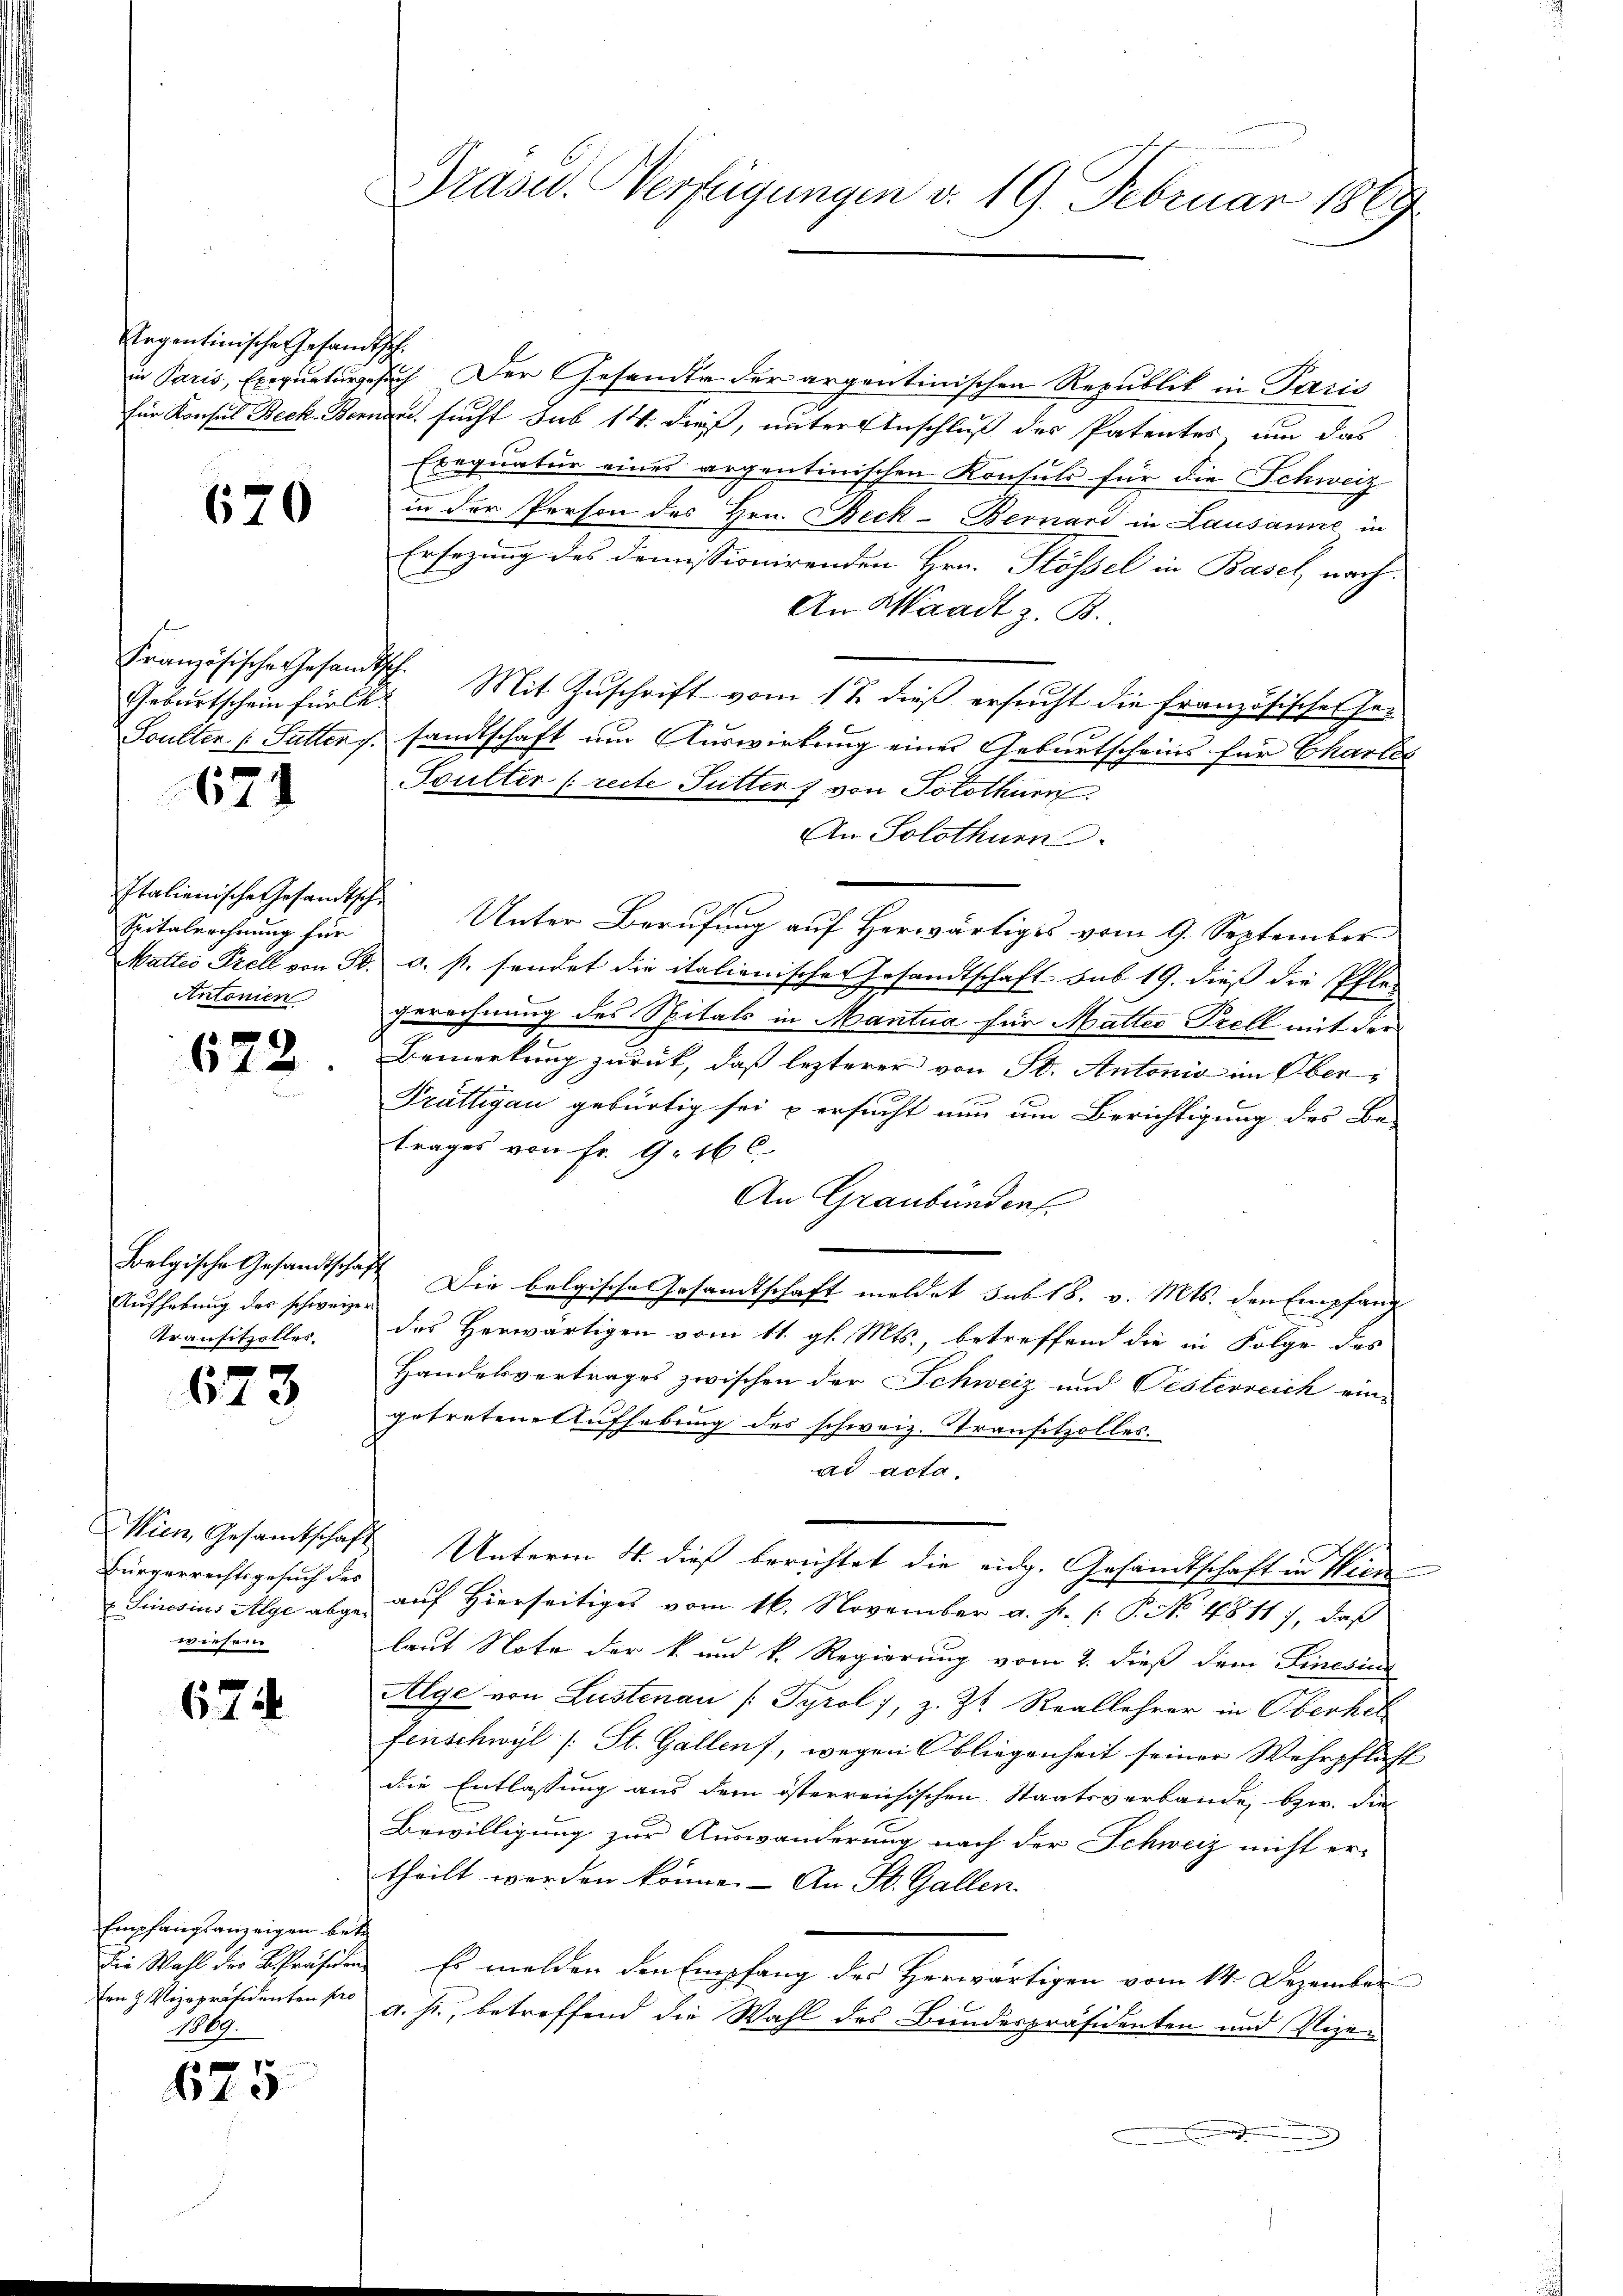
Regentinische Gesandtsch

670

Französische Gesandtsch.

674

Spitalrechnung für
Antonien

622

.

Aufhebung des schweize
Transitzalles.

f
643

Bürgerrechtsgesuch des
wiesen

674

Empfangsanzeigen betr
ten H. Vizepräsidenten pro
1869.

675

Präsid.. Verfügungen d. 19. Februar 1869.

in Paris, Exequaturgesuch. Der Gesandte der argentinischen Republik in Paris
für Konsul Beck. Bernen, sucht sub 14. dieß, unter Einschluß des Patentes um das
Exequatur eines argentinischen Konsuls für die Schweiz
in der Person des Hrn. Beck-Bernard in Lausanne in
Ersezung des demissionirenden Hrn. Plössel in Basel nach¬
An Waadt z. B.
Geburtscheinfürler Mit Zuschrift vom 17. dieß ersucht die Französische Ge¬
Soulter (: Sutter u. sandtschaft um Auswirkung eines Geburtscheins für Chartes
Soulter [recte Futter von Solothurn
An Solothurn
Italienische Gesandtsche Unter Berufung auf Herwärtiges vom 9. September
Matter Prell von 50. a. s. sendet die italienischer Gesandtschaft sub 19. dieß die Pflegerechnung des Spitals in Mantua für Matter Prell mit der
Bemerkung zurück, daß lezterer von St. Antonio in Ober¬
Prättigau gebürtig sei u ersucht nun um Berichtigung des Be-
trages von Fr. 9. 16 C.
An Graubünden.
Belgische Gesandtschaft Die belgische Gesandtschaft meldet sub 18. v. Mts. den Empfang
das Herwärtigen vom 11. gl. Mts., betreffend die in Folge des
Handelsvertrages zwischen der Schweiz und Oesterreich ein-
getretene Aufhebung des schweiz. Transitzolles.
ad acta.
Wien Gesamtschaft Unterm 4. dieß berichtet die eidg. Gesandtschaft in Wien
Sinosius Alge abge auf hierseitiges vom 16. November a. f. (: P. No. 4511), daß
laut Note der k. und k. Regierung vom 2. dieß dem Finesius
Alge von Lustenau (: Tyrol, z. Zt. Reallehrer in Oberhel
fenschwyl /: St. Gallen, wegens bliegenheit seiner Wehrpflast
die Entlassung aus dem österreichischen Staatsverbande, bzw. die
Bewilligung zur Auswanderung nach der Schweiz nicht er-
theilt werden könne. – An St. Gallen.
die Wahl der Präsiden. Es melden den Empfang des Herwärtigen vom 14. Dezember
a. Js., betreffend die Wahl des Bundespräsidenten und Vizen